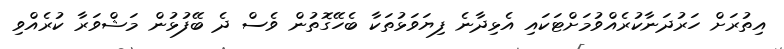
އިތުރަށް ހަރުދަނާކުރެއްވުމަށްޓަކައި އެޅިދާނެ ފިޔަވަޅުތަކާ ބެހޭގޮތުން ވެސް ދެ ބޭފުޅުން މަޝްވަރާ ކުރެއްވި